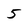
Character: 5